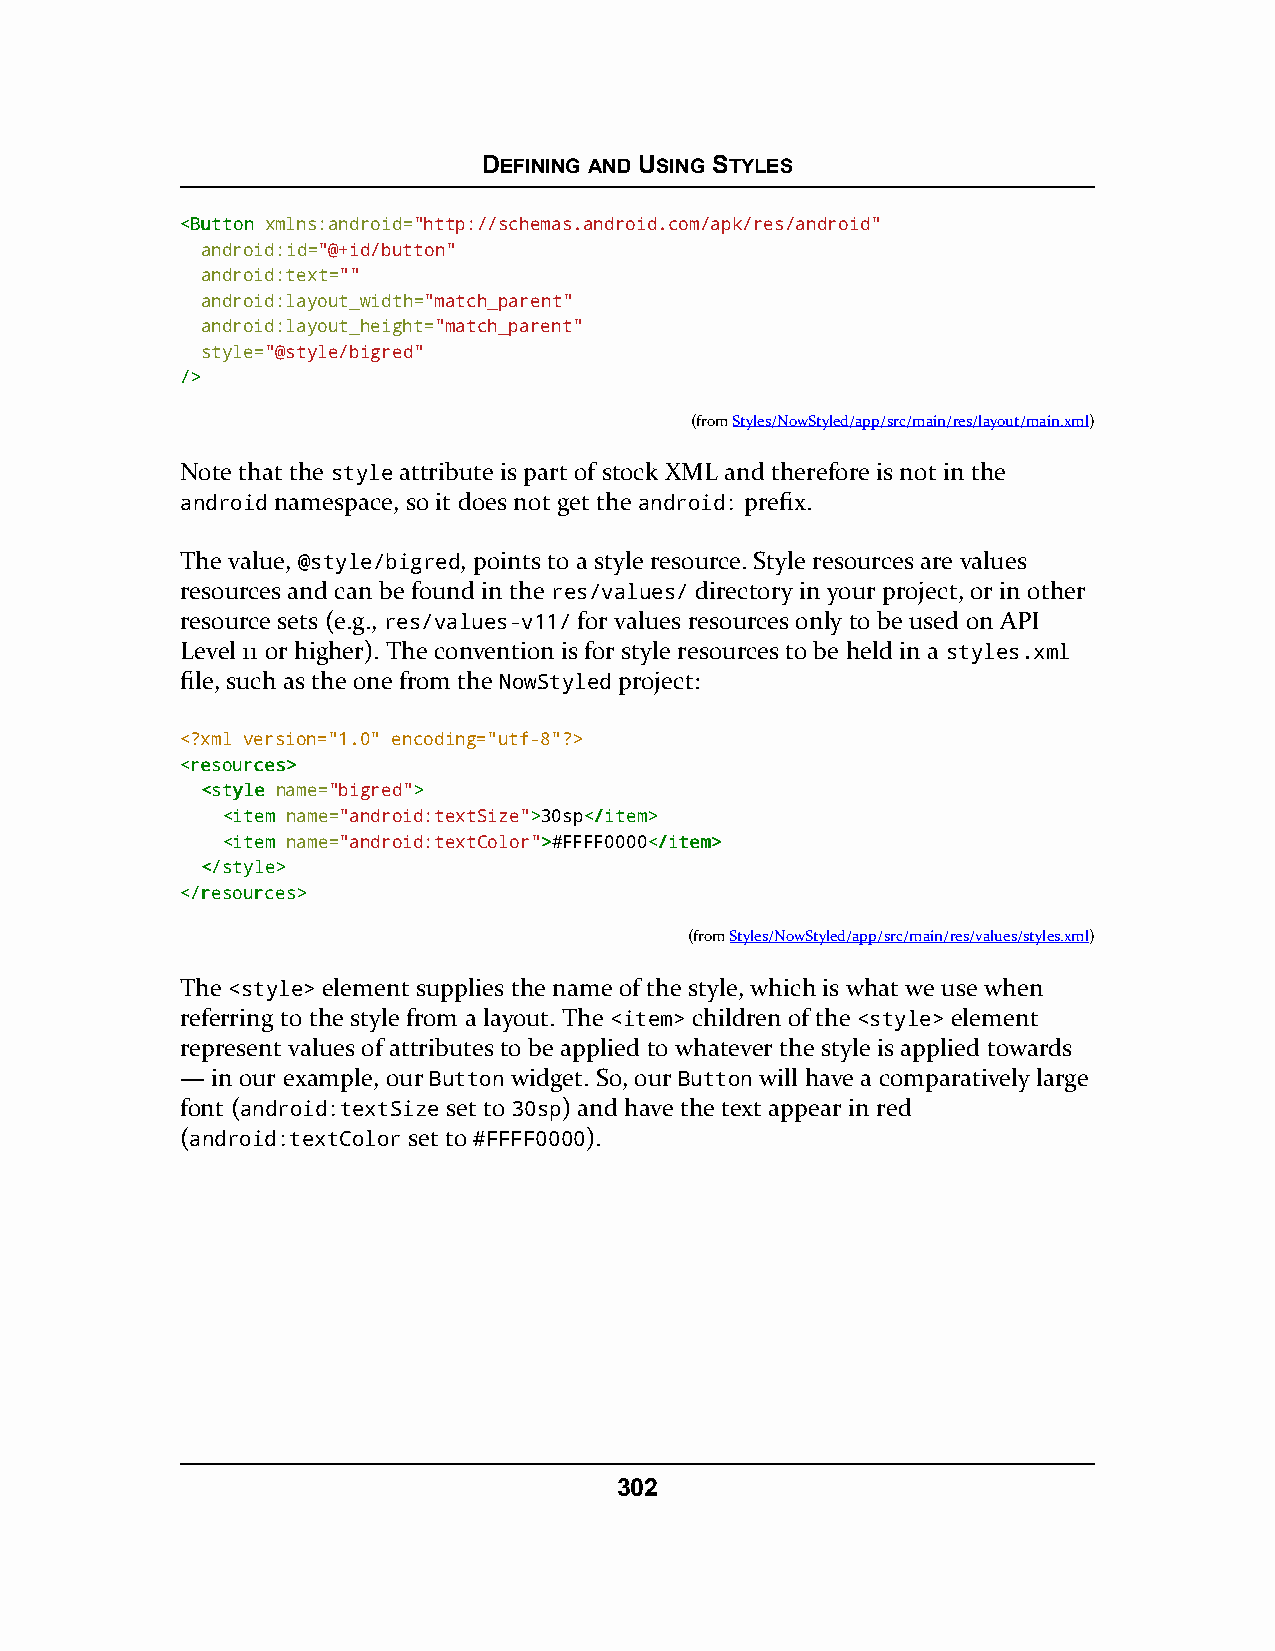
DEFINING AND USING STYLES
 <<BBuuttttoonn xmlns:android="http://schemas.android.com/apk/res/android"
 android:id="@+id/button"
 android:text=""
 android:layout_width="match_parent"
 android:layout_height="match_parent"
 style="@style/bigred"
 //>>
 (fromStyles/NowStyled/app/src/main/res/layout/main.xml)
 Note that the style attribute is part of stock XML and therefore is not in the
 android namespace, so it does not get the android: prefix.
 The value, @style/bigred, points to a style resource. Style resources are values
 resources and can be found in the res/values/ directory in your project, or in other
 resource sets (e.g., res/values-v11/ for values resources only to be used on API
 Level 11 or higher). The convention is for style resources to be held in a styles.xml
 file, such as the one from the NowStyled project:
 <?xml version="1.0" encoding="utf-8"?>
 <<rreessoouurrcceess>>
 <<ssttyyllee name="bigred">>
 <<iitteemm name="android:textSize">>30sp<<//iitteemm>>
 <<iitteemm name="android:textColor">>#FFFF0000<<//iitteemm>>
 <<//ssttyyllee>>
 <<//rreessoouurrcceess>>
 (fromStyles/NowStyled/app/src/main/res/values/styles.xml)
 The <style> element supplies the name of the style, which is what we use when
 referring to the style from a layout. The <item> children of the <style> element
 represent values of attributes to be applied to whatever the style is applied towards
 — in our example, our Button widget. So, our Button will have a comparatively large
 font (android:textSize set to 30sp) and have the text appear in red
 (android:textColor set to #FFFF0000).
 302